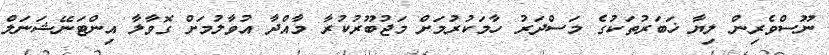
ނޫސްވެރިން ލިޔާ ޚަބަރުތަކުގެ މަސްދަރު ހާމަކުރުމަށް މަޖުބޫރުކުރާ މާއްދާ އުވާލުމަށް ގޮވާލާ އިންޓަނޭޝަނަލް